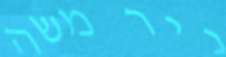
ניר משה